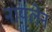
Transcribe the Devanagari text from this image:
नायलेन